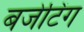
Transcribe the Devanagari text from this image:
बजेटिंग